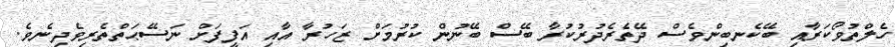
ހެލްތުވޯކަރާއި ބޭކެނބިންވެސް ދޭތެރެދުރުކުރާ ބޭސް ބޭނުން ކުރުމަށް ޒަހުރާ އާއި އަފީފަށް ނަސޭޙަތްތެރިވެދިނެވެ.